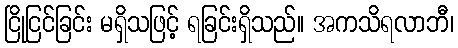
ငြိုငြင်ခြင်း မရှိသဖြင့် ရခြင်းရှိသည်။ အကသိရလာဘီ၊